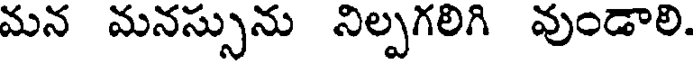
మన మనస్సును నిల్పగలిగి వుండాలి.